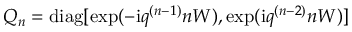
Q _ { n } = \mathrm { d i a g } [ \exp ( - \mathrm { i } q ^ { ( n - 1 ) } n W ) , \exp ( \mathrm { i } q ^ { ( n - 2 ) } n W ) ]